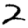
Digit: 2